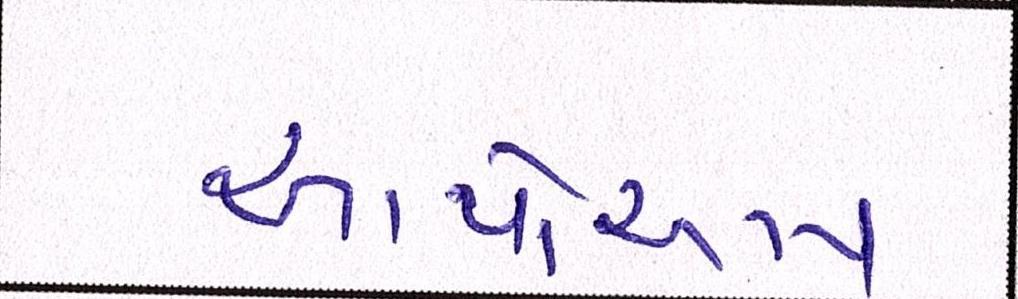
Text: આપોઆપ